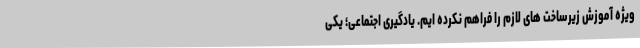
ویژه آموزش زیرساخت های لازم را فراهم نکرده ایم. یادگیری اجتماعی؛ یکی